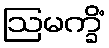
ဩမက္ခိံ